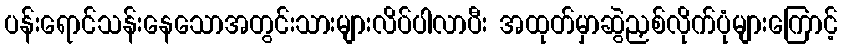
ပန်းရောင်သန်းနေသောအတွင်းသားများလိပ်ပါလာပီး အထုတ်မှာဆွဲညှစ်လိုက်ပုံများကြောင့်